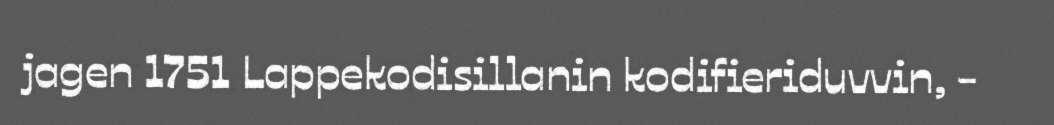
jagen 1751 Lappekodisillanin kodifieriduvvin, -